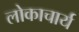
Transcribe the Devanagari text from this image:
लोकाचार्य